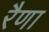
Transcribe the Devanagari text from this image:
रैणा